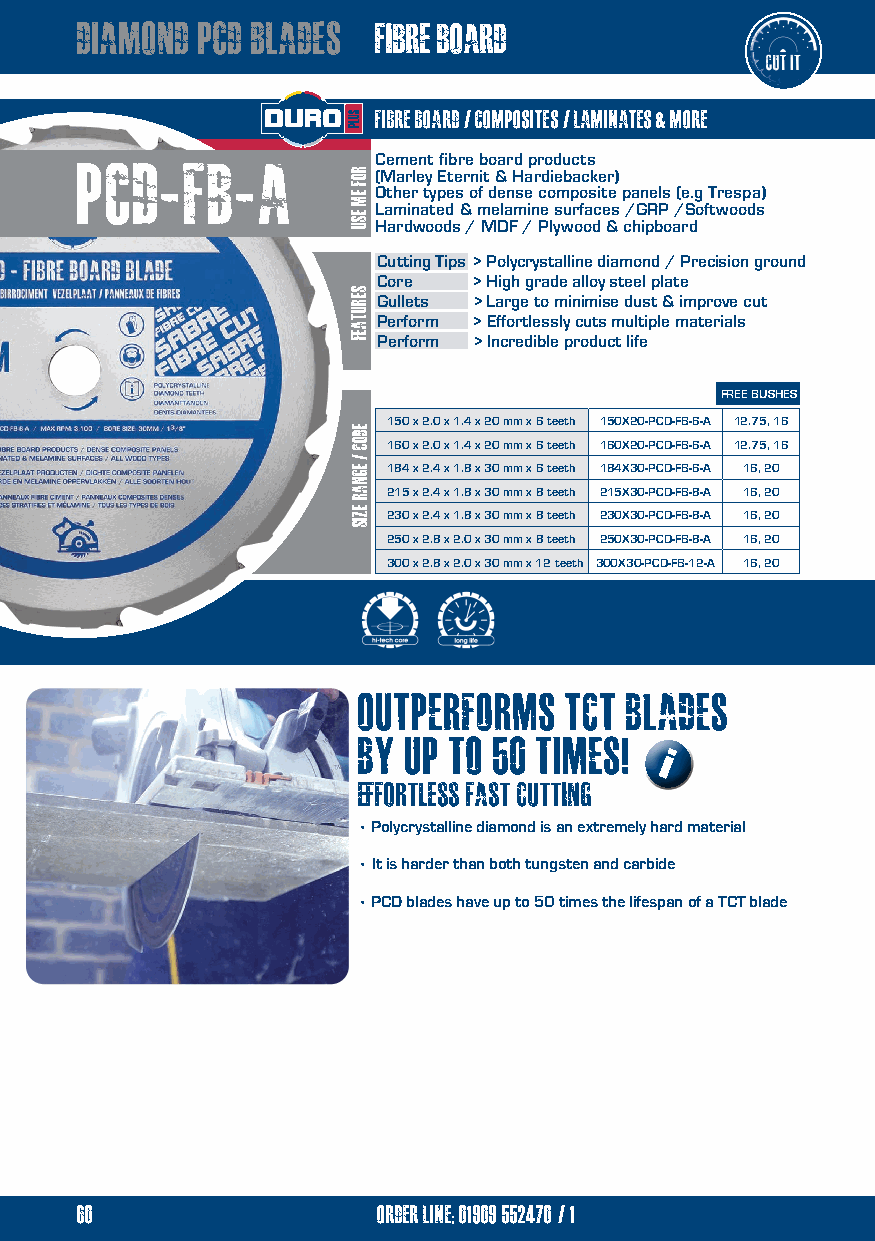
diamond pcd blades  fibre board
 fibre board / composites / laminates & more
 pcd-fb-a            Cement fibre board products
 (Marley Eternit & Hardiebacker)
 Other types of dense composite panels (e.g Trespa)
 Laminated & melamine surfaces /GRP /Softwoods
 Hardwoods / MDF / Plywood & chipboard
 Cutting Tips > Polycrystalline diamond / Precision ground
 Core  > High grade alloy steel plate
 Gullets > Large to minimise dust & improve cut
 Perform > Effortlessly cuts multiple materials
 Perform > Incredible product life
 FREE BUSHES
 150 x 2.0 x 1.4 x 20 mm x 6 teeth 150X20-PCD-FB-6-A 12.75, 16
 160 x 2.0 x 1.4 x 20 mm x 6 teeth 160X20-PCD-FB-6-A 12.75, 16
 184 x 2.4 x 1.8 x 30 mm x 6 teeth 184X30-PCD-FB-6-A 16, 20
 215 x 2.4 x 1.8 x 30 mm x 8 teeth 215X30-PCD-FB-8-A 16, 20
 230 x 2.4 x 1.8 x 30 mm x 8 teeth 230X30-PCD-FB-8-A 16, 20
 250 x 2.8 x 2.0 x 30 mm x 8 teeth 250X30-PCD-FB-8-A 16, 20
 300 x 2.8 x 2.0 x 30 mm x 12 teeth 300X30-PCD-FB-12-A 16, 20
 outperforms  tct blades
 by up to 50 TIMES!
 i
 effortless fast cutting
 • Polycrystalline diamond is an extremely hard material
 • It is harder than both tungsten and carbide
 • PCD blades have up to 50 times the lifespan of a TCT blade
 60                  order line; 01909 552470/1
 12                  order line: 01909 552470
 RROOFF
 E EMM
 E ESSUU
 serutaef
 eDOC
 /
 egnar
 ezis